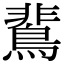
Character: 𪂏